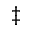
^ \ddagger